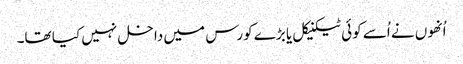
اُنھوں نے اُسے کوئی ٹیکنیکل یا بڑے کورس میں داخل نہیں کیا تھا۔